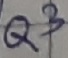
Text: Q3